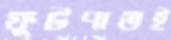
ফুটপাতই